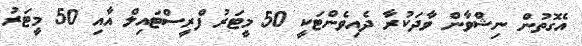
އެގޮތުން ނިޝްވާން ވާދަކުރާ ދެއިވެންޓަކީ 50 މީޓަރު ފްރީސްޓައިލް އާއި 50 މީޓަރު